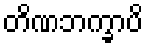
တိဏဘက္ခာပိ